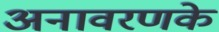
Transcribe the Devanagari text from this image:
अनावरणके